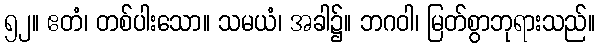
၅၂။ ဧတံ၊ တစ်ပါးသော။ သမယံ၊ အခါ၌။ ဘဂဝါ၊ မြတ်စွာဘုရားသည်။